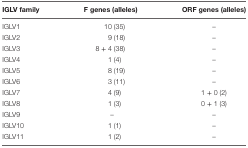
<table><thead><tr><td><b>IGLV family</b></td><td><b>F genes (alleles)</b></td><td><b>ORF genes (alleles)</b></td></tr></thead><tbody><tr><td>IGLV1</td><td>10 (35)</td><td>–</td></tr><tr><td>IGLV2</td><td>9 (18)</td><td>–</td></tr><tr><td>IGLV3</td><td>8 + 4 (38)</td><td>–</td></tr><tr><td>IGLV4</td><td>1 (4)</td><td>–</td></tr><tr><td>IGLV5</td><td>8 (19)</td><td>–</td></tr><tr><td>IGLV6</td><td>3 (11)</td><td>–</td></tr><tr><td>IGLV7</td><td>4 (9)</td><td>1 + 0 (2)</td></tr><tr><td>IGLV8</td><td>1 (3)</td><td>0 + 1 (3)</td></tr><tr><td>IGLV9</td><td>–</td><td>–</td></tr><tr><td>IGLV10</td><td>1 (1)</td><td>–</td></tr><tr><td>IGLV11</td><td>1 (2)</td><td>–</td></tr></tbody></table>